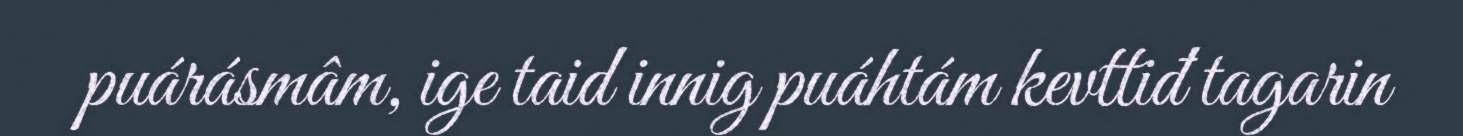
puárásmâm, ige taid innig puáhtám kevttiđ tagarin